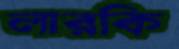
লারকি